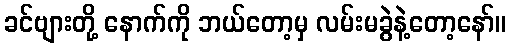
ခင်ဗျားတို့ နောက်ကို ဘယ်တော့မှ လမ်းမခွဲနဲ့တော့နော်။